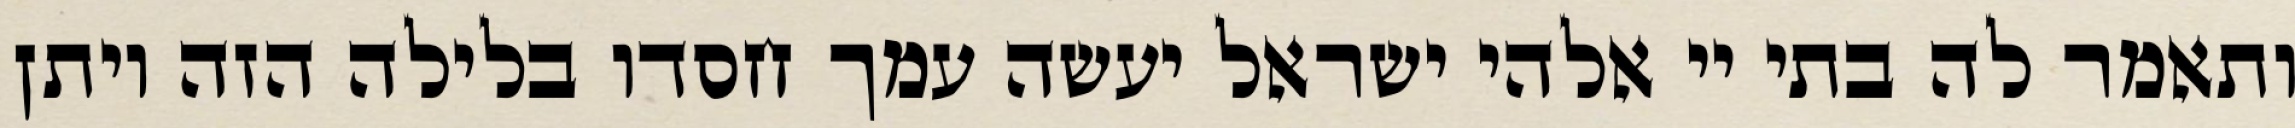
ותאמר לה בתי יי אלהי ישראל יעשה עמך חסדו בלילה הזה ויתן